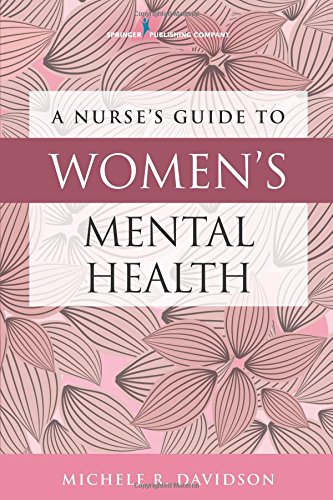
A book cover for A Nurse's Guide to Women's Mental Health; Michele R. Davidson PhD  CNM  CFN  RN; Medical Books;